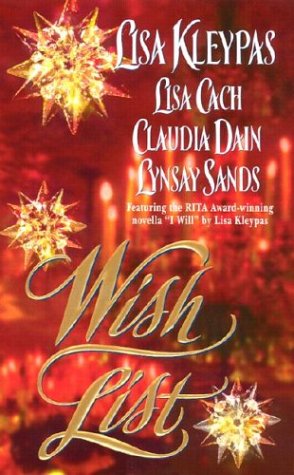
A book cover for Wish List; Lisa Kleypas; Romance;